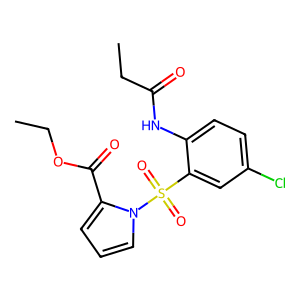
SMILES: CCOC(=O)c1cccn1S(=O)(=O)c1cc(Cl)ccc1NC(=O)CC
Inhibits HIV replication: Yes